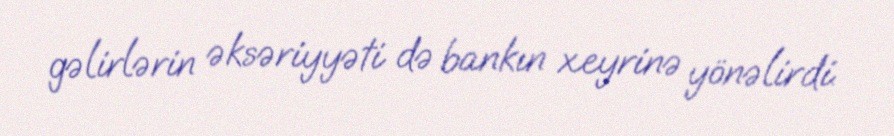
gəlirlərin əksəriyyəti də bankın xeyrinə yönəlirdi.